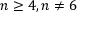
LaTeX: n \geq 4 , n \neq 6